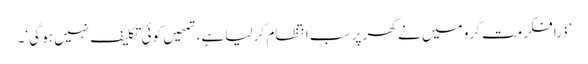
’ذرا فکر مت کرو میں نے گھر پر سب انتظام کر لیا ہے، تمھیں کوئی تکلیف نہیں ہو گی‘۔